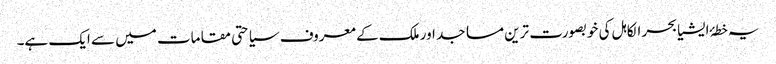
یہ خطۂ ایشیا بحر الکاہل کی خوبصورت ترین مساجد اور ملک کے معروف سیاحتی مقامات میں سے ایک ہے۔